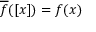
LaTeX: { \overline { { f } } } ( [ x ] ) = f ( x )